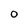
Character: O